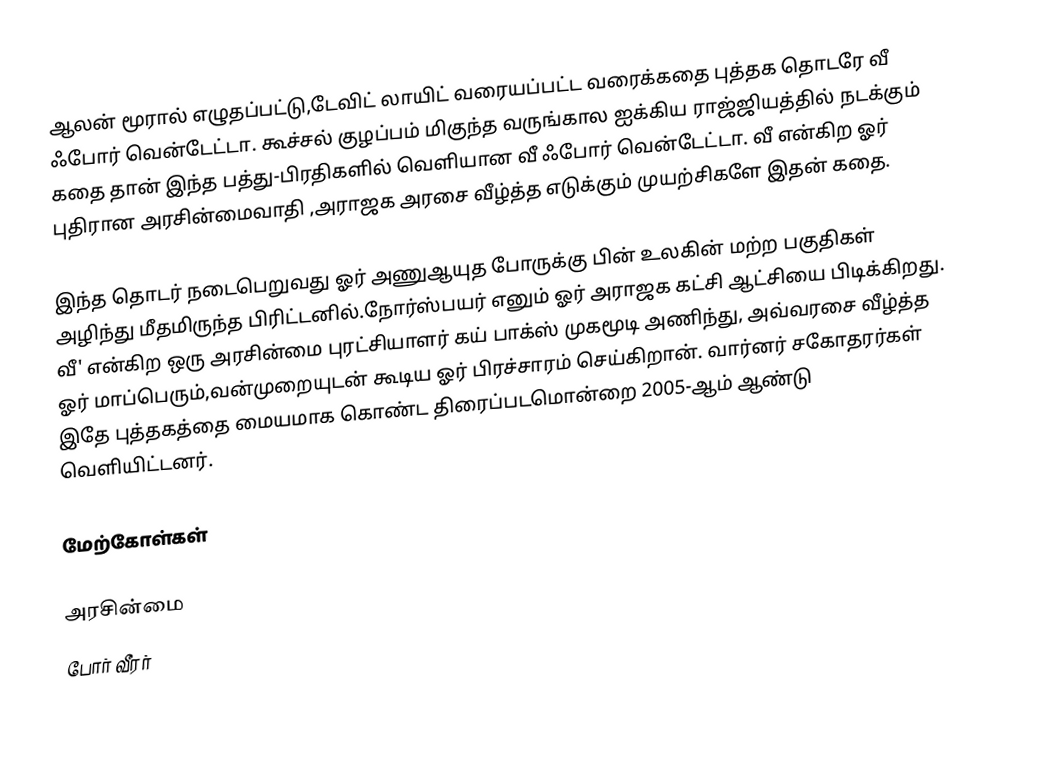
ஆலன் மூரால் எழுதப்பட்டு,டேவிட் லாயிட் வரையப்பட்ட வரைக்கதை புத்தக தொடரே வீ ஃபோர் வென்டேட்டா. கூச்சல் குழப்பம் மிகுந்த வருங்கால ஐக்கிய ராஜ்ஜியத்தில் நடக்கும் கதை தான்  இந்த பத்து-பிரதிகளில் வெளியான வீ ஃபோர் வென்டேட்டா. வீ என்கிற ஓர் புதிரான அரசின்மைவாதி ,அராஜக அரசை வீழ்த்த எடுக்கும் முயற்சிகளே இதன் கதை.

இந்த தொடர் நடைபெறுவது ஓர் அணுஆயுத போருக்கு பின் உலகின் மற்ற பகுதிகள் அழிந்து மீதமிருந்த பிரிட்டனில்.நோர்ஸ்பயர் எனும் ஓர் அராஜக கட்சி ஆட்சியை பிடிக்கிறது. வீ' என்கிற ஒரு அரசின்மை புரட்சியாளர் கய் பாக்ஸ் முகமூடி அணிந்து, அவ்வரசை வீழ்த்த ஓர் மாப்பெரும்,வன்முறையுடன் கூடிய ஓர் பிரச்சாரம் செய்கிறான். வார்னர் சகோதரர்கள் இதே புத்தகத்தை மையமாக கொண்ட திரைப்படமொன்றை 2005-ஆம் ஆண்டு வெளியிட்டனர்.

மேற்கோள்கள்

அரசின்மை
போர் வீரர்